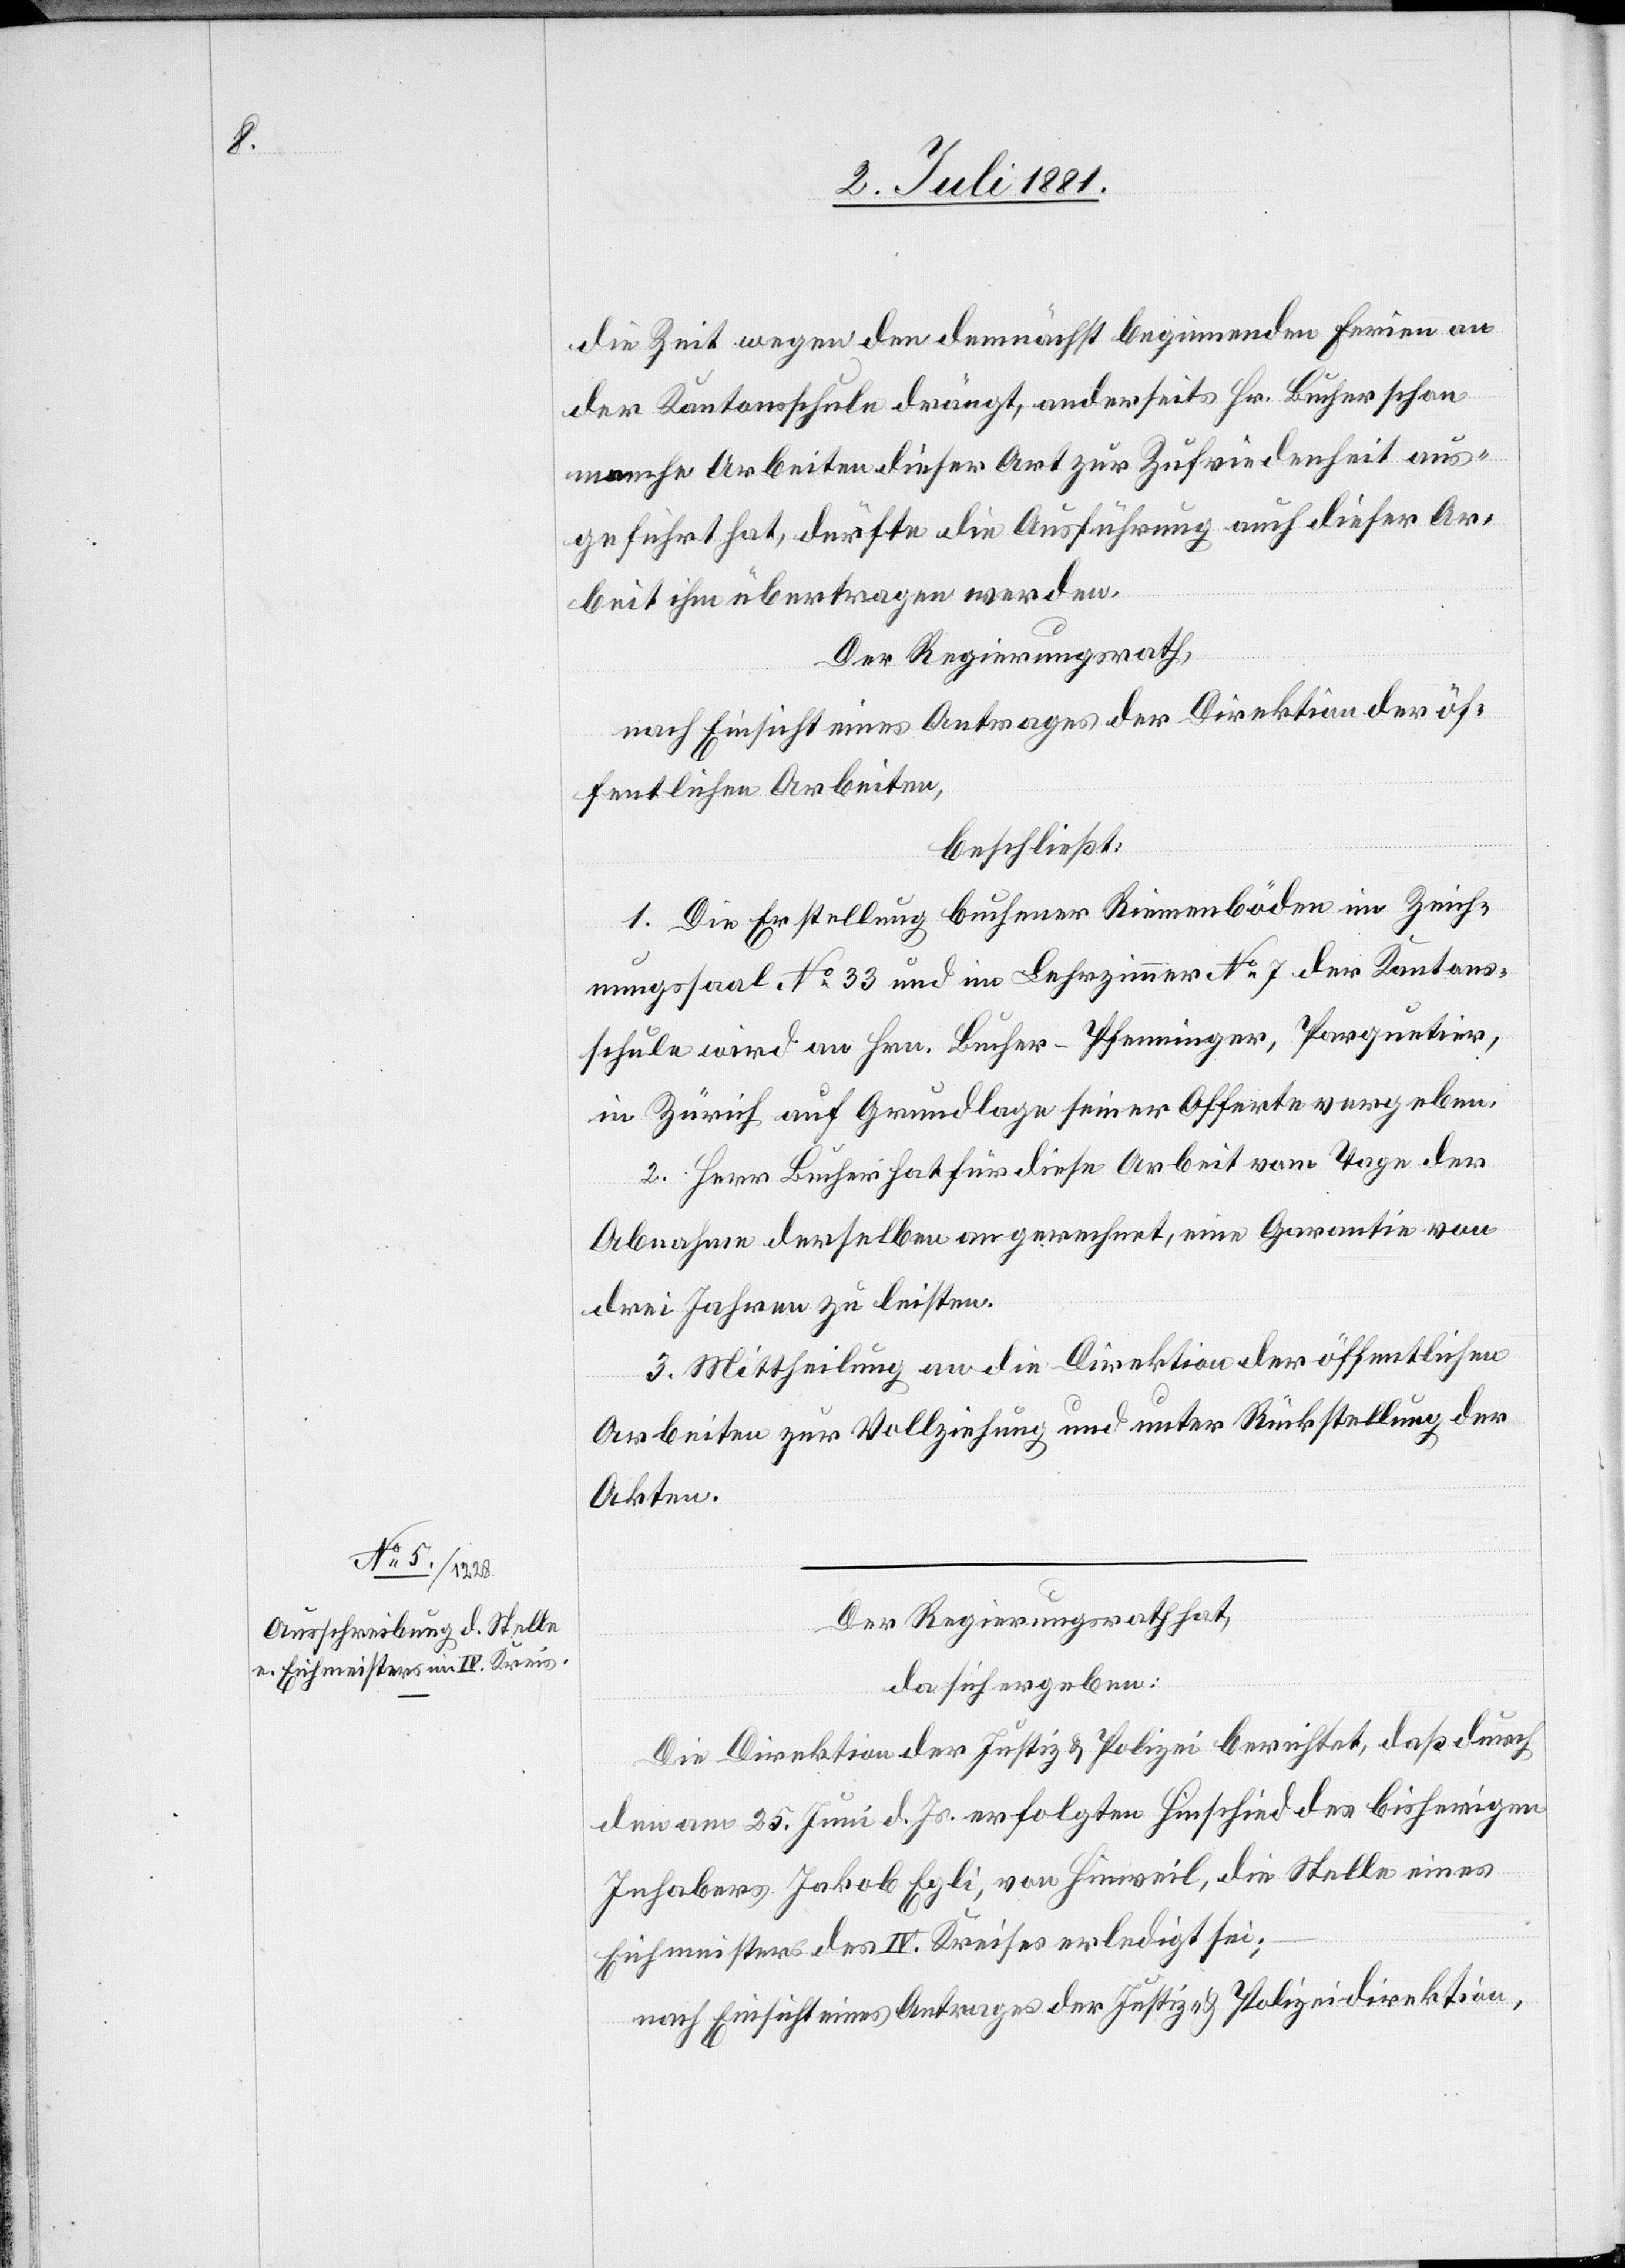
die Zeit wegen den demnächst beginnenden Ferien an
der Kantonsschule drängt, anderseits Hr. Bucher schon
manche Arbeiten dieser Art zur Zufriedenheit aus¬
geführt hat, dürfte die Ausführung auch dieser Ar¬
beit ihm übertragen werden.
Der Regierungsrath,
nach Einsicht eines Antrages der Direktion der öf¬
fentlichen Arbeiten,
beschließt:
1. Die Erstellung buchener Riemenböden im Zeich¬
nungssaal No 33 und im Lehrzimmer No 7 der Kantons¬
schule wird an Hrn. Bucher-Pfenninger, Parquetier,
in Zürich auf Grundlage seiner Offerte vergeben.
2. Herr Bucher hat für diese Arbeit vom Tage der
Abnahme derselben angerechnet, eine Garantie von
drei Jahren zu leisten.
3. Mittheilung an die Direktion der öffentlichen
Arbeiten zur Vollziehung und unter Rückstellung der
Akten.
Der Regierungsrath hat,
da sich ergeben:
Die Direktion der Justiz & Polizei berichtet, daß durch
den am 25. Juni d. Js. erfolgten Hinschied des bisherigen
Inhabers Jakob Egli, von Hinweil, die Stelle eines
Eichmeisters des IV. Kreises erledigt sei;
nach Einsicht eines Antrages der Justiz- & Polizeidirektion,